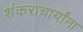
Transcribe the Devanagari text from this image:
शंकराचार्यांना